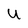
Character: U